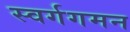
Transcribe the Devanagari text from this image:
स्वर्गगमन